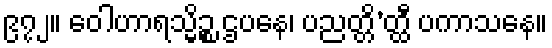
၉၇၂။ ဝေါဟာရသ္မိဉ္စ ဌပနေ၊ ပညတ္တိ’တ္ထီ ပကာသနေ။